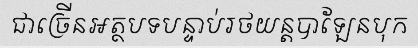
ជាច្រើនអត្ថបទបន្ទាប់រថយន្តបាឡែនបុក